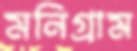
মনিগ্রাম